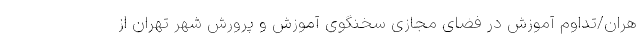
هران/تداوم آموزش در فضای مجازی سخنگوی آموزش و پرورش شهر تهران از